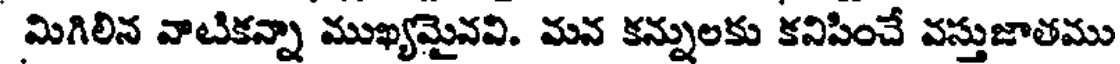
మిగిలిన వాటికన్నా ముఖ్యమైనవి. మన కన్నులకు కనిసించే వస్తుజాతము